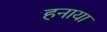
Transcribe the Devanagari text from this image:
हनाया